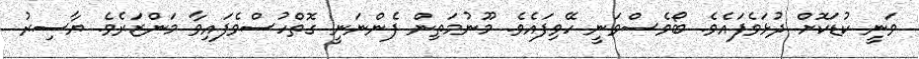
ވަނީ ކުޑަކޮށް ދުޅަވެފައެވެ. ބޯވެސްވަނީ ހޭވިފައެވެ. މޫނުމަތިން ފެންނަނީ ގޮތްހުސްވެފައިވާ މަންޒަރެވެ. ޔާސިރު